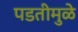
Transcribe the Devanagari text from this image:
पडतीमुळे